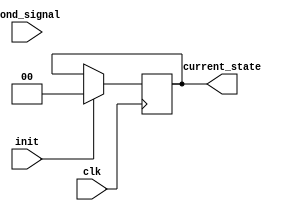
module pre_configured_state_init #(
    parameter STATE_WIDTH = 2,            // Width of the state register
    parameter DEFAULT_STATE = 2'b00       // Pre-configured initial state
)(
    input wire clk,                       // Clock signal
    input wire init,                      // Control signal for initialization
    input wire [STATE_WIDTH-1:0] cond_signal, // Conditional signal for further logic
    output reg [STATE_WIDTH-1:0] current_state // Current state output
);

    // State Register
    reg [STATE_WIDTH-1:0] next_state;

    // State Transition Logic
    always @* begin
        // Default next state is the current state
        next_state = current_state;

        // Conditional initialization can be added here
        if (init) begin
            next_state = DEFAULT_STATE; // Set to pre-configured state on init signal
        end
        // Additional conditional logic can be implemented based on cond_signal
        // Example (not included in original description):
        // else if (cond_signal == some_condition) begin
        //     next_state = some_other_state; // Example conditional transition
        // end
    end

    // Synchronous State Update
    always @(posedge clk) begin
        current_state <= next_state; // Update current state on clock edge
    end

endmodule